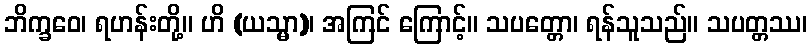
ဘိက္ခဝေ၊ ရဟန်းတို့။ ဟိ (ယသ္မာ)၊ အကြင် ကြောင့်။ သပတ္တော၊ ရန်သူသည်။ သပတ္တဿ၊